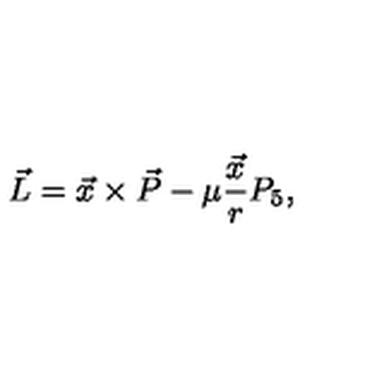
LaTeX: \vec { L } = \vec { x } \times \vec { P } - \mu \frac { \vec { x } } { r } P _ { 5 } ,